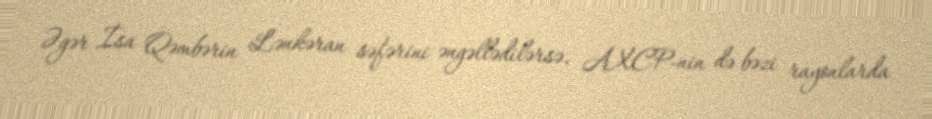
Əgər İsa Qəmbərin Lənkəran səfərini əngəllədilərsə, AXCP-nin də bəzi rayonlarda